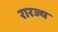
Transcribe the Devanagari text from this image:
रारज्य